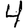
Digit: 4